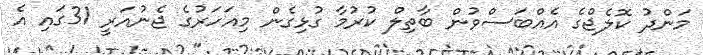
މަންދު ކޮލެޖްގެ އެއްބަސްވުން ބާތިލް ކުރުމާ ގުޅިގެން މިއަހަރުގެ ޖެނުއަރީ 31ގައި އެ